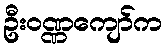
ဦးဝဏ္ဏကျော်က